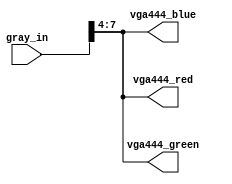
`timescale 1ns / 1ps
//////////////////////////////////////////////////////////////////////////////////
// Company: 
// Engineer: 
// 
// Design Name: 
// Module Name: gray_to_rgb444
// Project Name: 
// Target Devices: 
// Tool Versions: 
// Description: 
// 
// Dependencies: 
// 
// Revision:
// Revision 0.01 - File Created
// Additional Comments:
// 
//////////////////////////////////////////////////////////////////////////////////

// Convert 8-bit greyscal to RGB444 to output to VGA
module gray_to_rgb444(
    input [7:0] gray_in,
    output [3:0] vga444_red,
    output [3:0] vga444_green,
    output [3:0] vga444_blue
    );
    
    // Get rid of lower 4 MSB to convert 8-bit to 4-bit
    assign vga444_red = gray_in >> 4;
    assign vga444_green = gray_in >> 4;
    assign vga444_blue = gray_in >> 4;
    
endmodule